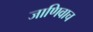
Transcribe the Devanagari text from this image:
जाणिवाच